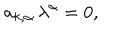
a _ { k , \alpha } \, \lambda ^ { \alpha } = 0 ,